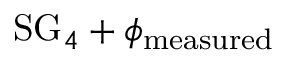
\mathrm { S G } _ { 4 } + \phi _ { \mathrm { m e a s u r e d } }